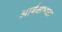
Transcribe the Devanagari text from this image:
आर्यसभ्यता